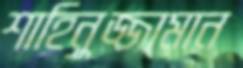
শাহিনুজ্জামান